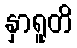
နှာရူတိ